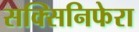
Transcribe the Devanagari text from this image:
सक्सिनिफेरा